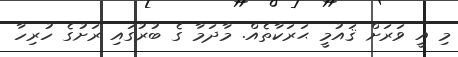
މި އީ ވަރަށް ޤައުމީ ޙަރަކާތެއް. މާދަމާ ގެ ބުރުގައި ރަށުގެ ހުރިހާ